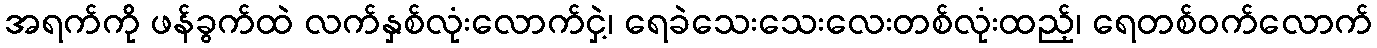
အရက်ကို ဖန်ခွက်ထဲ လက်နှစ်လုံးလောက်ငှဲ့၊ ရေခဲသေးသေးလေးတစ်လုံးထည့်၊ ရေတစ်ဝက်လောက်